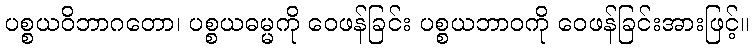
ပစ္စယဝိဘာဂတော၊ ပစ္စယဓမ္မကို ဝေဖန်ခြင်း ပစ္စယဘာဝကို ဝေဖန်ခြင်းအားဖြင့်။